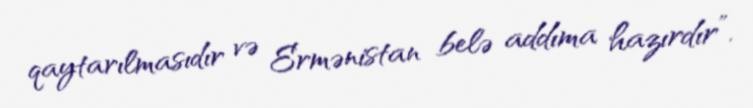
qaytarılmasıdır və Ermənistan belə addıma hazırdır”.